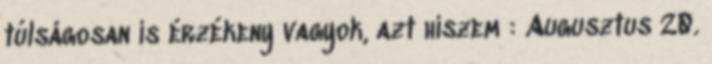
túlságosan is érzékeny vagyok, azt hiszem : Augusztus 20.